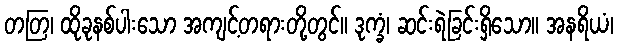
တတြ၊ ထိုခုနစ်ပါးသော အကျင့်တရားတို့တွင်။ ဒုက္ခံ၊ ဆင်းရဲခြင်းရှိသော။ အနရိယံ၊